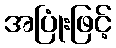
အပြုံးဖြင့်